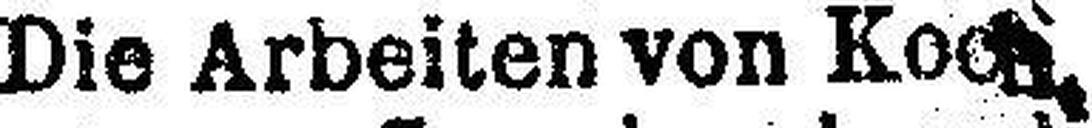
Die Arbeiten von Koch